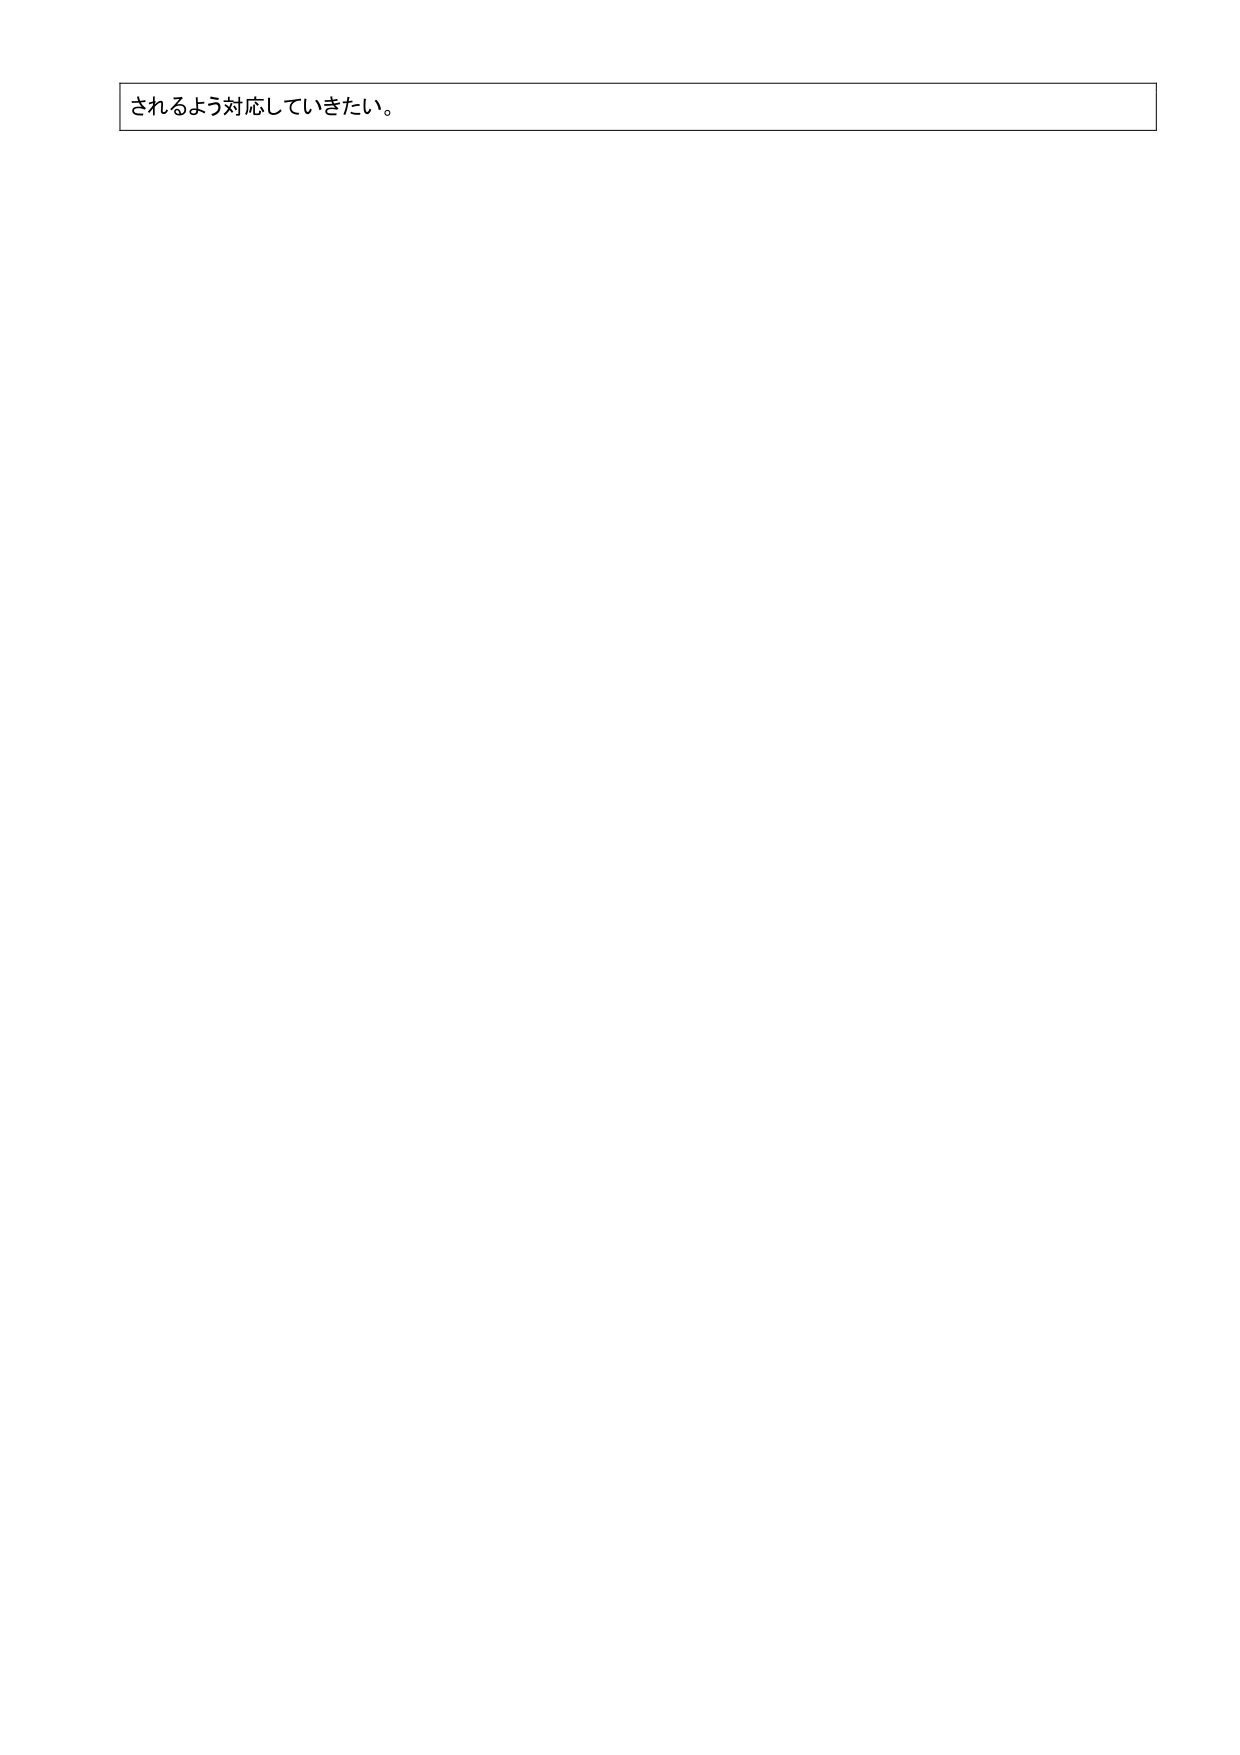
されるよう対応していきたい。